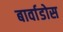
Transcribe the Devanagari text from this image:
बार्वाडोस